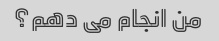
من انجام می دهم؟